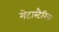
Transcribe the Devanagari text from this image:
मेटास्टैनिक